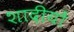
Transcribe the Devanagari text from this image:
शादीयों